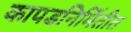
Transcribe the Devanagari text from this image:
कापडनिर्मितीत